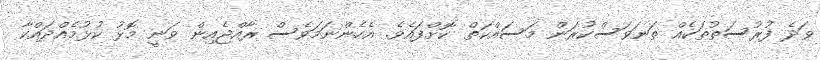
ވަދެ ފުރުސަތުތަކެއް ތަނަވަސްކުރަން މަސައްކަތް ކޮށްފައެވެ. އެހެންނަމަވެސް ރާއްޖެއިން ވަނީ މޮޅު ކުޅުމެއްދައްކާ